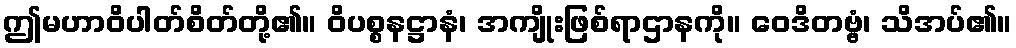
ဤမဟာဝိပါတ်စိတ်တို့၏။ ဝိပစ္စနဋ္ဌာနံ၊ အကျိုးဖြစ်ရာဌာနကို။ ဝေဒိတဗ္ဗံ၊ သိအပ်၏။